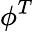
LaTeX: \phi^{T}